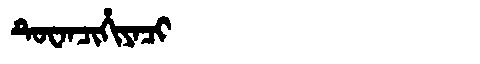
Manchu: ᡨᡠᠸᠠᠨᠴᡳᡥᡳᠶᠠᠴᡳ
Romanization: TUWANCIHIYACI